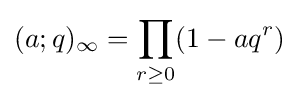
(a;q)_{\infty }=\prod _{r\geq 0}(1-aq^{r})